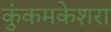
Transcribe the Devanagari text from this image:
कुंकमकेशरा